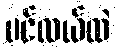
ပင်လယ်ထဲ